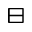
\boxminus